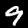
Digit: 9